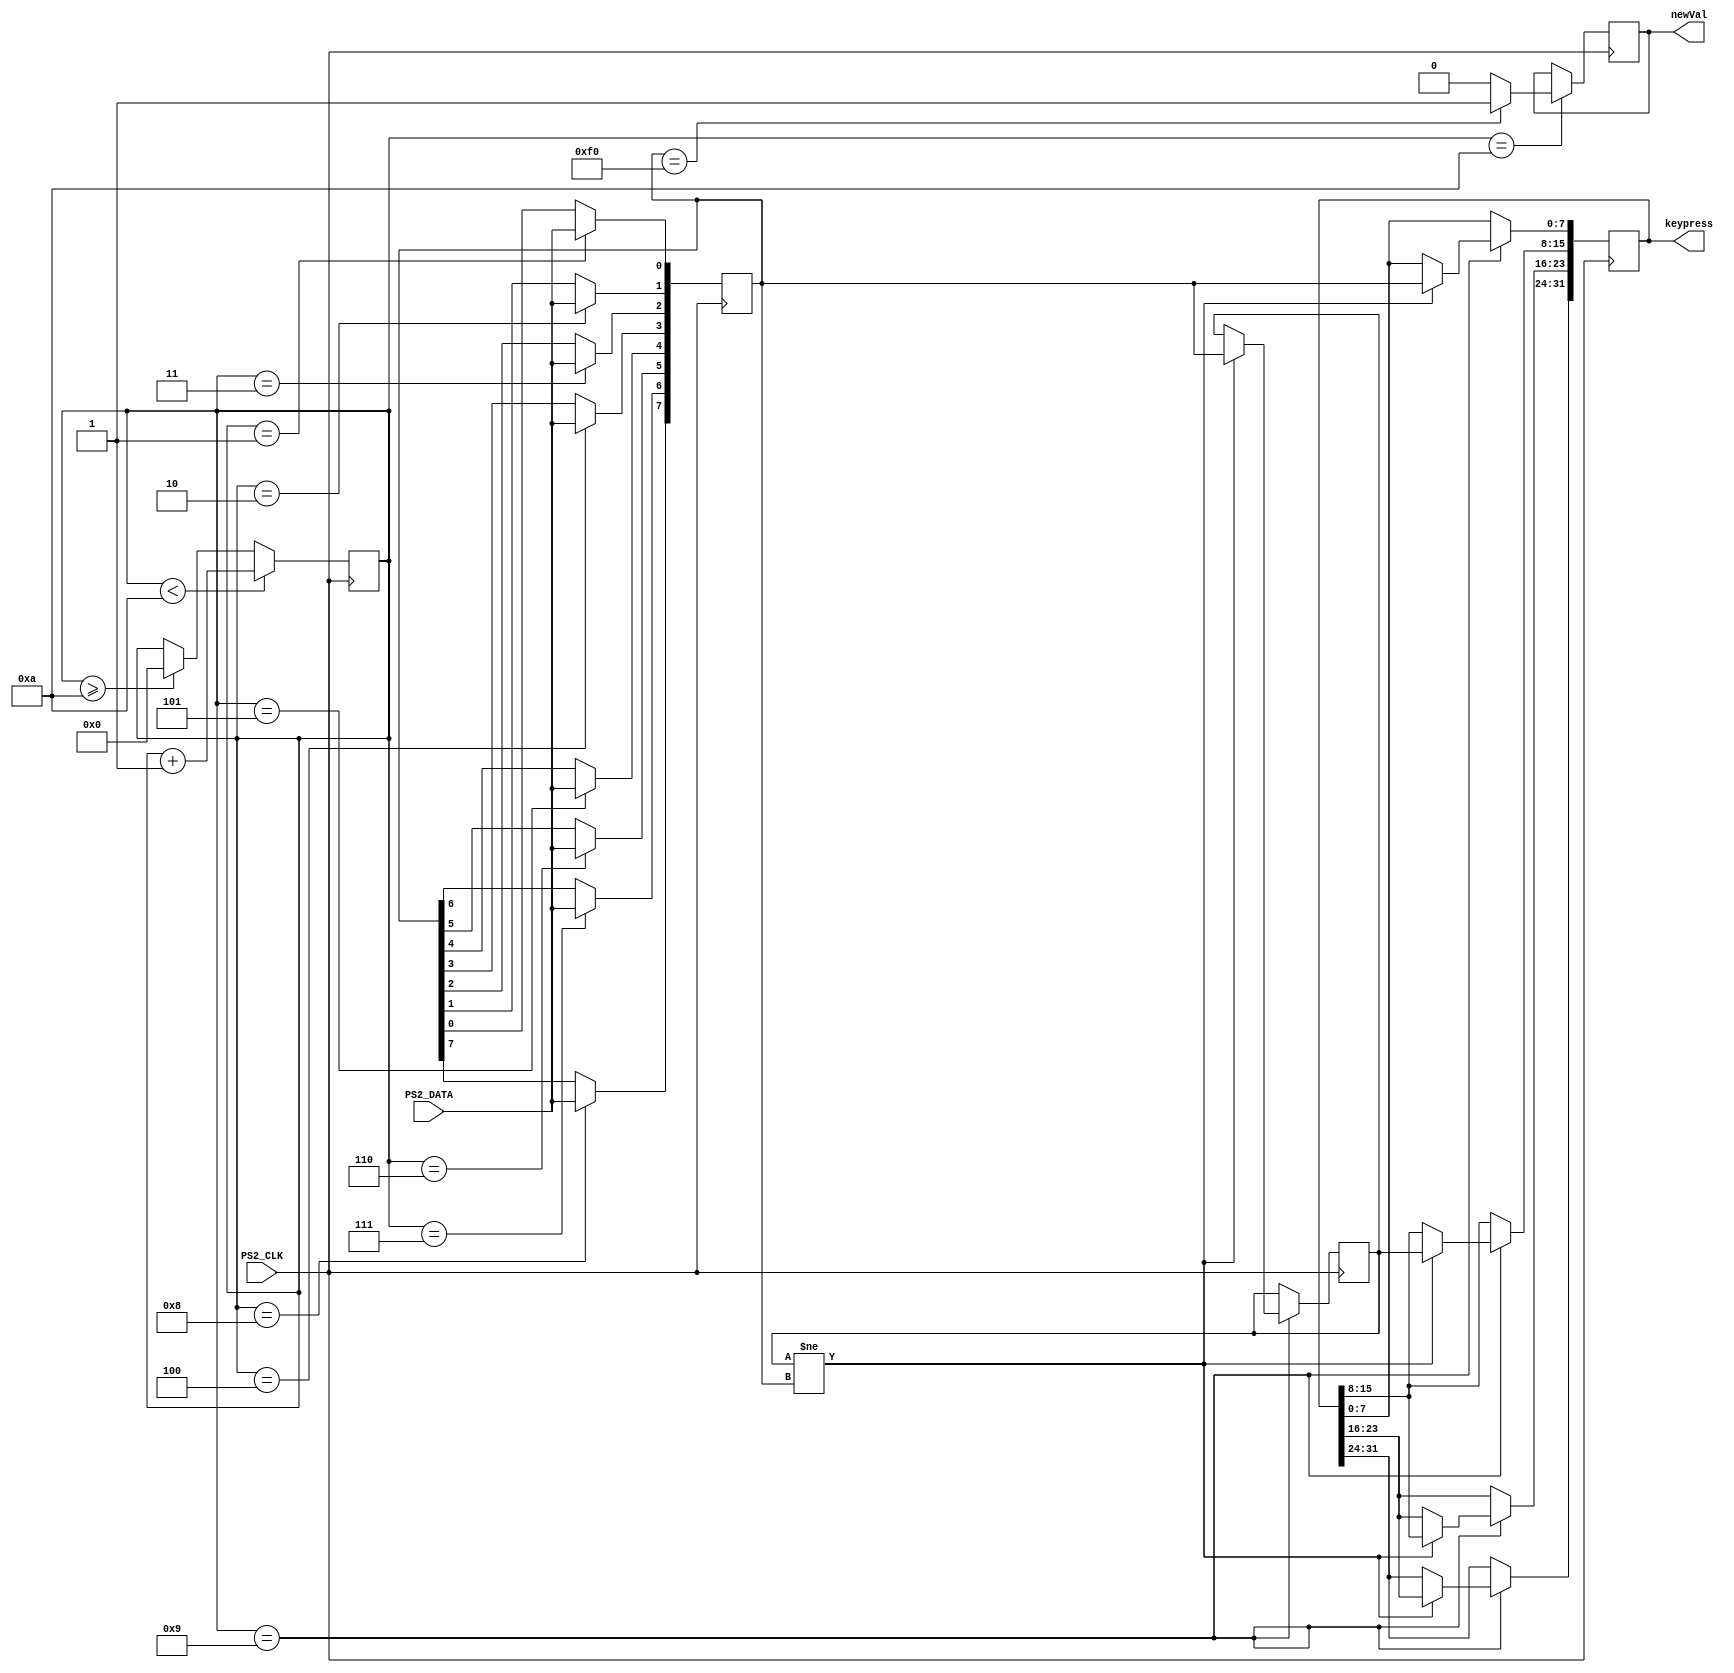
`timescale 1ns / 1ps
//////////////////////////////////////////////////////////////////////////////////
// Company: 
// Engineer:
//
// Design Name: 
// Module Name: keyboard 
// Project Name: 
// Target Devices: 
// Tool versions: 
// Description: 
//
// Dependencies:
// 
// Revision: 
// Revision 0.01 - File Created
// Additional Comments: 
// Based code off of github repo: 
// https://github.com/Digilent/Nexys-A7-100T-Keyboard/blob/master/src/hdl/PS2Receiver.v
//////////////////////////////////////////////////////////////////////////////////

module keyboard(
    input PS2_CLK,
    input PS2_DATA,
    output [31:0] keypress,
    output reg newVal
    );
    
    reg [7:0] datacur;  // Current data coming in
    reg [7:0] dataprev; // The previous data that came in
    reg [3:0] counter;  // Position Counter
    reg [31:0] keycode; // Contains 4 8-bit words, this allows the storage of keys that require 4 8-bit words
    
    assign keypress = keycode;
    
    always@(negedge(PS2_CLK))begin
        //Run through data on every negative edge, first negedge should happen for start bit
        case(counter)
            0:;
            1:  datacur[0] <= PS2_DATA;
            2:  datacur[1] <= PS2_DATA;
            3:  datacur[2] <= PS2_DATA;
            4:  datacur[3] <= PS2_DATA;
            5:  datacur[4] <= PS2_DATA;
            6:  datacur[5] <= PS2_DATA;
            7:  datacur[6] <= PS2_DATA;
            8:  datacur[7] <= PS2_DATA;
            9:  begin
                    //Shift the 8-bit words through main storage array
                    //Also sets dataprev equal to datacur so it doesn't do anything while a key is held down
                    if (dataprev != datacur)begin
                        keycode[31:24] <= keycode[23:16];
                        keycode[23:16] <= keycode[15:8];
                        keycode[15:8] <= dataprev;
                        keycode[7:0] <= datacur;
                        dataprev <= datacur;
                    end
                end
            10: begin
                    if(datacur == 8'hf0)begin
                        newVal <= 1;
                    end else begin
                        newVal <= 0;
                    end
                end
        endcase
        
        //Add to counter for everyrun, until reaching the last bit of the 8-bit word
        if(counter < 10) begin
            counter <= counter + 1;
        end else if(counter >= 10) begin
            counter <= 0;
        end
    end
endmodule